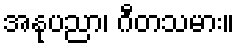
အနုပညာ၊ ဂီတသမား။